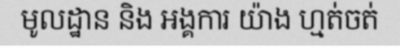
មូលដ្ឋាន និង អង្គការ យ៉ាង ហ្មត់ចត់